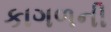
કાગળની